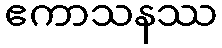
ဧကာသနဿ